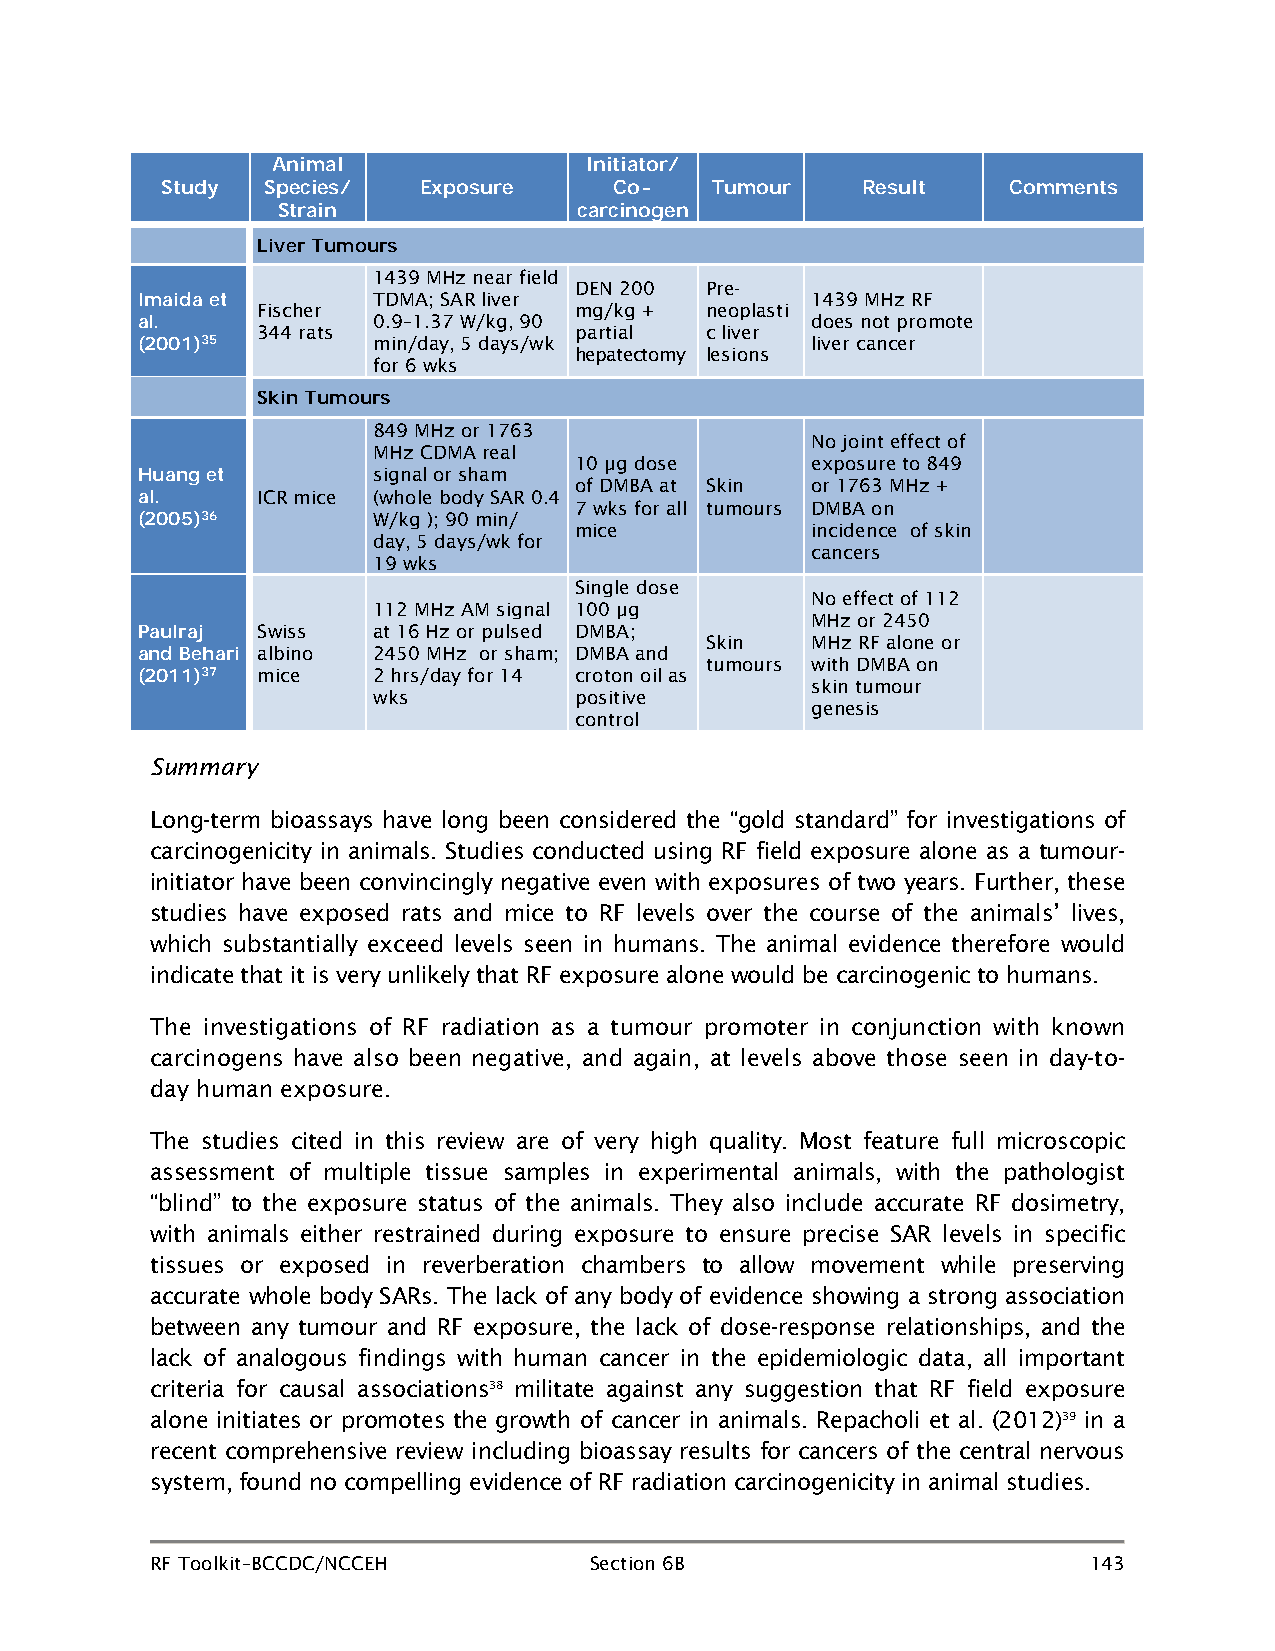
Animal               Initiator/
 Study Species/   Exposure     Co-   Tumour    Result    Comments
 Strain              carcinogen
 Liver Tumours
 1439 MHz near field
 DEN 200  Pre-
 TDMA; SAR liver              1439 MHz RF
 Imaida et Fischer            mg/kg +  neoplasti
 0.9–1.37 W/kg, 90            does not promote
 al.     344 rats             partial  c liver
 min/day, 5 days/wk           liver cancer
 (2001)35                     hepatectomy lesions
 for 6 wks
 Skin Tumours
 849 MHz or 1763
 No joint effect of
 MHz CDMA real
 10 µg dose      exposure to 849
 signal or sham
 Huang et                     of DMBA at Skin or 1763 MHz +
 ICR mice (whole body SAR 0.4
 al.                          7 wks for all tumours DMBA on
 (2005)36        W/kg ); 90 min/ mice         incidence of skin
 day, 5 days/wk for
 cancers
 19 wks
 Single dose
 No effect of 112
 112 MHz AM signal 100 µg
 MHz or 2450
 Swiss   at 16 Hz or pulsed DMBA;
 Paulraj                               Skin   MHz RF alone or
 albino  2450 MHz or sham; DMBA and
 and Behari                            tumours with DMBA on
 (2011)37 mice   2 hrs/day for 14 croton oil as skin tumour
 wks          positive
 genesis
 control
 Summary
 Long-term bioassays have long been considered the “gold standard” for investigations of
 carcinogenicity in animals. Studies conducted using RF field exposure alone as a tumour-
 initiator have been convincingly negative even with exposures of two years. Further, these
 studies have exposed rats and mice to RF levels over the course of the animals’ lives,
 which substantially exceed levels seen in humans. The animal evidence therefore would
 indicate that it is very unlikely that RF exposure alone would be carcinogenic to humans.
 The investigations of RF radiation as a tumour promoter in conjunction with known
 carcinogens have also been negative, and again, at levels above those seen in day-to-
 day human exposure.
 The studies cited in this review are of very high quality. Most feature full microscopic
 assessment of multiple tissue samples in experimental animals, with the pathologist
 “blind” to the exposure status of the animals. They also include accurate RF dosimetry,
 with animals either restrained during exposure to ensure precise SAR levels in specific
 tissues or exposed in reverberation chambers to allow movement while preserving
 accurate whole body SARs. The lack of any body of evidence showing a strong association
 between any tumour and RF exposure, the lack of dose-response relationships, and the
 lack of analogous findings with human cancer in the epidemiologic data, all important
 criteria for causal associations38 militate against any suggestion that RF field exposure
 alone initiates or promotes the growth of cancer in animals. Repacholi et al. (2012)39 in a
 recent comprehensive review including bioassay results for cancers of the central nervous
 system, found no compelling evidence of RF radiation carcinogenicity in animal studies.
 RF Toolkit–BCCDC/NCCEH       Section 6B                       143